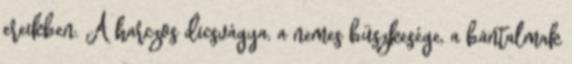
ereikben. A harczos dicsvágya, a nemes büszkesége, a bántalmak